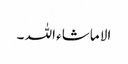
الا ماشاء اللہ ۔